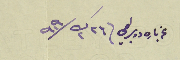
عن باري دوبرامي ٢٦ ك٢ /١٩٠٩